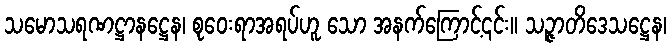
သမောသရဏဋ္ဌာနဋ္ဌေန၊ စုဝေးရာအရပ်ဟူ သော အနက်ကြောင့်၎င်း။ သဉ္ဇာတိဒေသဋ္ဌေန၊